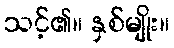
သင့်၏။ နှစ်မျိုး။